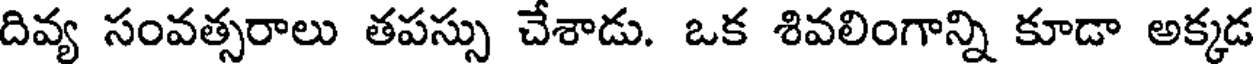
దివ్య సంవత్సరాలు తపస్సు చేశాడు. ఒక శివలింగాన్ని కూడా అక్కడ